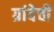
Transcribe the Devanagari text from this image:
ग्रांदेची